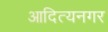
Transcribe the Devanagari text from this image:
आदित्यनगर